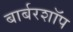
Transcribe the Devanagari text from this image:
बार्बरशॉप